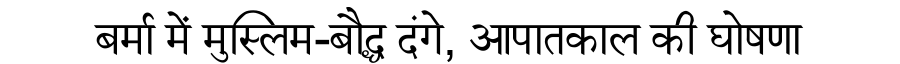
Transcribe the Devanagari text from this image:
बर्मा में मुस्लिम-बौद्ध दंगे, आपातकाल की घोषणा